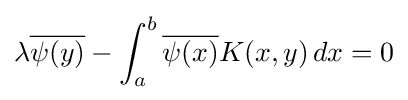
\lambda {\overline {\psi (y)}}-\int _{a}^{b}{\overline {\psi (x)}}K(x,y)\,dx=0